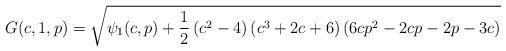
LaTeX: \begin{align*}G(c,1,p)=\sqrt{\psi_1(c,p)+\frac{1}{2} \left(c^2-4\right) \left(c^3+2 c+6\right) \left(6 c p^2-2cp-2p-3 c\right)}\end{align*}